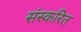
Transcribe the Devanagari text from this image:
संस्करित